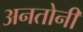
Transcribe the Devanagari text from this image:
अनतोनी